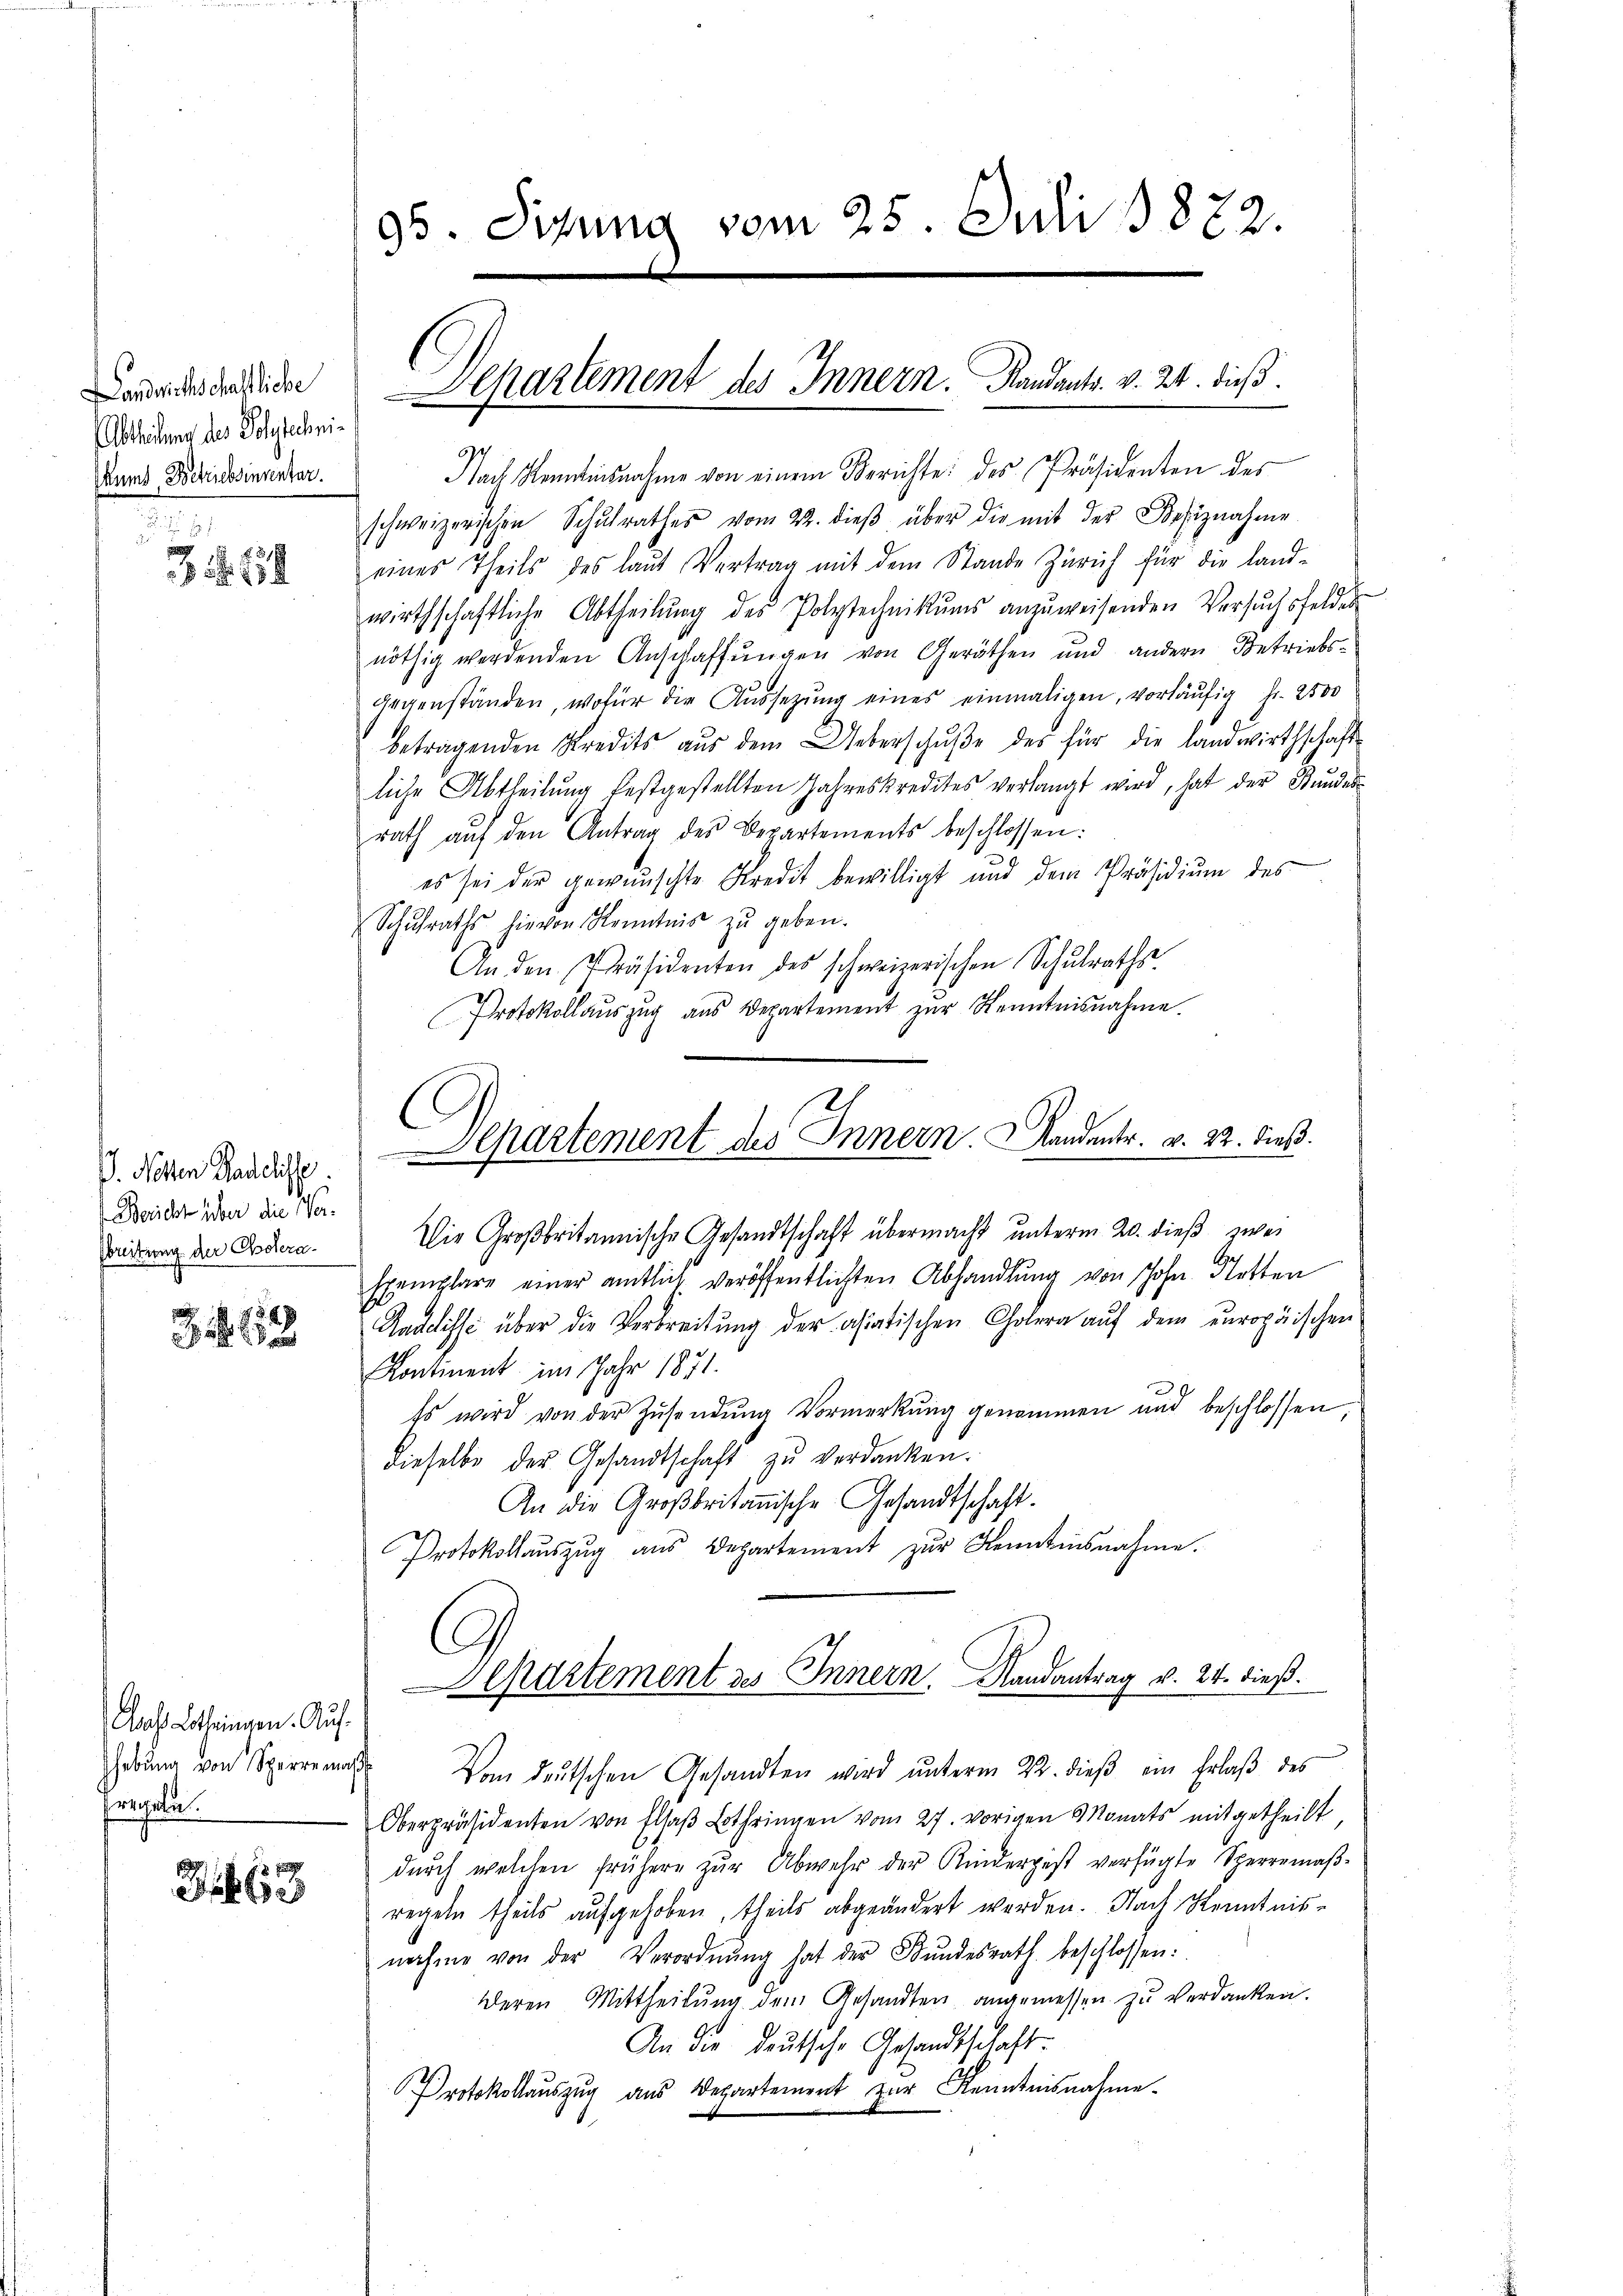
Landwirthschaftliche
Albtheilung des Polytechni¬
Mund Betriebsinventar.

. . 659

. Noten Tadeliste
1
Bericht über die Ver-
breitung der Cholera¬

53

Das Lothringen. Auf
hebung von Sperre mass
regeln.

63

95 Sizung vom 25. Juli 1872

Nach Remainsnahme von einem Berichte: des Präsidenten des
schweizerischen Schŭlrathes vom 22. dieβ über die mit der Besiznahme
eines Theils des laut Vertrag mit dem Stande Zürich für die Land-
wirthschaftliche Abtheilŭng des Polytechnikums anzŭweisenden Versŭchsfelder
nöthig werdenden Anschaffungen von Geräthen und andern Betriebs-
gegenständen, wofür die Aussezung eines einmaligen, vorläufig fr. 2500
betragenden Kredits aŭs dem Ueberschŭβe des für die landwirthschaft-
liche Abtheilung festgestellten Jahreskredites verlangt wird, hat der Stundesrath aŭf den Antrag des Departements beschlossen:
es sei der gewünschte Kredit bewilligt und dem Präsidiŭm des
Schŭlraths hievon Kenntnis zŭ geben.
An den Präsidenten des schweizerischen Schŭlraths-
Protokollauszug aus Departement zur Kenntnisnahme.

Separtement des Innern. Randants. v. 24. dieß

C
epartement des Innern andestr. v. 22. dieß.

Die Großbritannische Gesandtschaft übermacht unterm 20. dieß zwei
Exemplare einer amtlich veröffentlichten Abhandlung von John. Stetten
Radelisse über die Verbreitung der asiatischen Cholera auf dem europäischen
Kontinent im Jahr 1871.
Es wird von der Zusendung Vormerkung genommen und beschlossen
dieselbe der Gesandtschaft zu verdanken.
An die Großbritannische Gesandtschaft.
Protokollaŭszŭg aŭs Departement zŭr Kenntnisnahme.
Departement des Innern. Mandantrag v. 24. dieß.
Vom deutschen Gesandten wird unterm 22. dieβ ein Erlaβ des
Oberpräsidenten von Elsaβ Lothringen vom 27. vorigen Monats mitgetheilt
dŭrch welchen frühere zŭr Abwehr der Kinderpest verfügte Sperremaβ-
regeln theils aufgehoben, theils abgeändert werden. Nach Kenntnis-
nahme von der Verordnŭng hat der Bŭndesrath beschlossen:
deren Mittheilŭng dem Gesandten angemessen zu verdanken.
An die deutsche Gesandtschaft.
Protokollauszug aus Departement zur Kenntnisnahme.